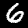
Label: 6